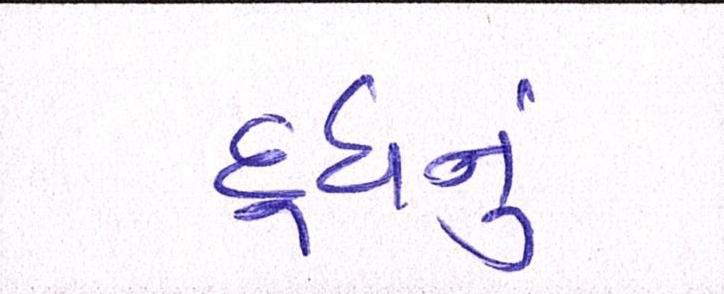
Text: દૂધનું